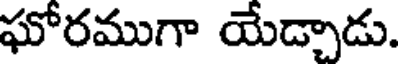
ఘోరముగా యేడ్చాడు.